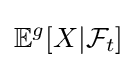
\mathbb {E} ^{g}[X|{\mathcal {F}}_{t}]